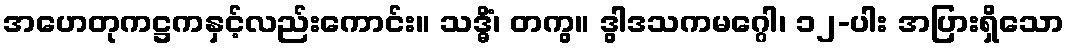
အဟေတုကဋ္ဌကနှင့်လည်းကောင်း။ သဒ္ဓိံ၊ တကွ။ ဒွါဒသကမဂ္ဂေါ၊ ၁၂-ပါး အပြားရှိသော